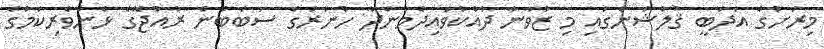
މިރަށުގެ އަދަބީ ޤުލްޝަންގައި މި ޒުވާނާ ދައްކުވައިދެމުންދާ ހުނަރުގެ ސަބަބުން ރާއްޖޭގެ ޅެންވެރިކަމުގެ